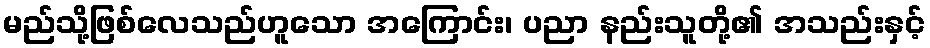
မည်သို့ဖြစ်လေသည်ဟူသော အကြောင်း၊ ပညာ နည်းသူတို့၏ အသည်းနှင့်